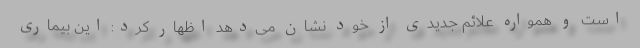
است و همواره علائم جدیدی از خود نشان می‌دهد اظهار کرد: این بیماری